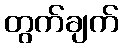
တွက်ချက်